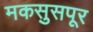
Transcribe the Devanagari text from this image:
मकसुसपूर